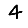
Digit: 4